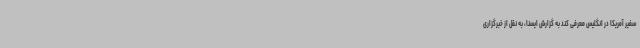
سفیر آمریکا در انگلیس معرفی کند به گزارش ایسنا، به نقل از خبرگزاری